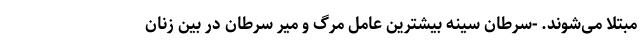
مبتلا می‌شوند. -سرطان سینه بیشترین عامل مرگ و میر سرطان در بین زنان